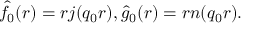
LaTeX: \hat { f } _ { 0 } ( r ) = r j ( q _ { 0 } r ) , \hat { g } _ { 0 } ( r ) = r n ( q _ { 0 } r ) .